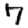
Digit: 7